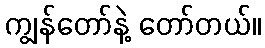
ကျွန်တော်နဲ့ တော်တယ်။